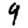
Digit: 9